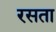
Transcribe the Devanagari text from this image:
रसता